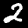
Label: 2